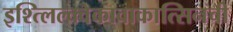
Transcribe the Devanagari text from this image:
इश्त्लिल्क्वेकावाकात्सिनची